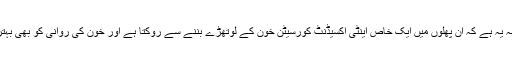
اس کی وجہ یہ ہے کہ ان پھلوں میں ایک خاص اینٹی آکسیڈنٹ کورسیٹن خون کے لوتھڑے بننے سے روکتا ہے اور خون کی روانی کو بھی بہتر بناتا ہے۔